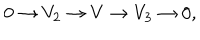
0 \to V _ { 2 } \to V \to V _ { 3 } \to 0 ,